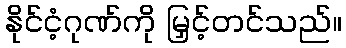
နိုင်ငံ့ဂုဏ်ကို မြှင့်တင်သည်။